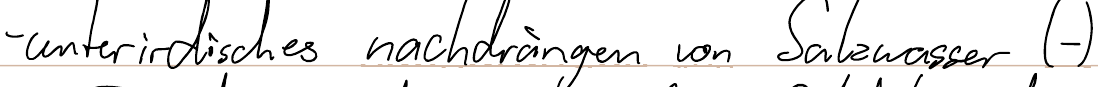
- unterirdisches nachdrängen von Salzwasser (-)